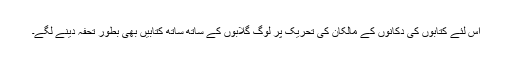
اس لئے کتابوں کی دکانوں کے مالکان کی تحریک پر لوگ گلابوں کے ساتھ ساتھ کتابیں بھی بطور تحفہ دینے لگے۔